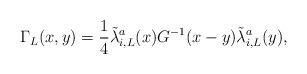
LaTeX: \begin{align*}\Gamma_L(x,y) = \frac{1}{4} \tilde{\lambda}_{i,L}^a(x) G^{-1}(x-y)\tilde{\lambda}_{i,L}^a(y),\end{align*}